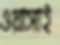
ওয়াসাই